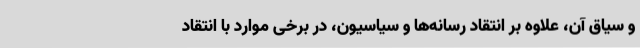
و سیاق آن، علاوه بر انتقاد رسانه‌ها و سیاسیون، در برخی موارد با انتقاد